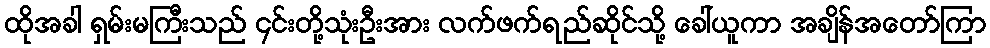
ထိုအခါ ရှမ်းမကြီးသည် ၄င်းတို့သုံးဦးအား လက်ဖက်ရည်ဆိုင်သို့ ခေါ်ယူကာ အချိန်အတော်ကြာ